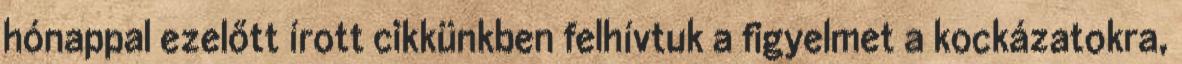
hónappal ezelőtt írott cikkünkben felhívtuk a figyelmet a kockázatokra,